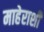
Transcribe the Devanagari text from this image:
माहेराशी